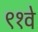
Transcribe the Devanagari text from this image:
९१वे